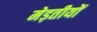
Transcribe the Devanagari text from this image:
मेड़तीयों